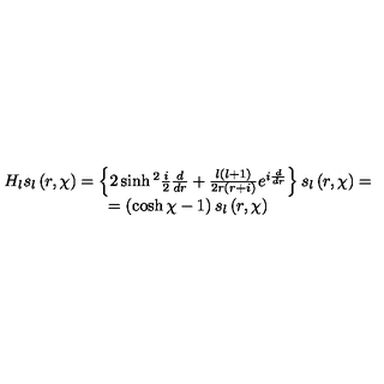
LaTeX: \begin{array} { c } { H _ { l } s _ { l } \left( r , \chi \right) = \left\{ 2 \sinh { } ^ { 2 } \frac { i } { 2 } \frac { d } { d r } + \frac { l \left( l + 1 \right) } { 2 r \left( r + i \right) } e ^ { i \frac { d } { d r } } \right\} s _ { l } \left( r , \chi \right) = } \\ { = \left( \cosh \chi - 1 \right) s _ { l } \left( r , \chi \right) } \\ \end{array}